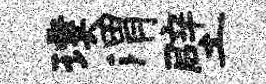
璞渭壁